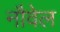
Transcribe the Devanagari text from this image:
नौवेल